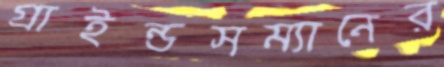
গ্রাইন্ডসম্যানের